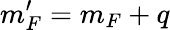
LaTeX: m_{F}^{\prime}=m_{F}+q